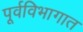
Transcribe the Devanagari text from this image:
पूर्वविभागात